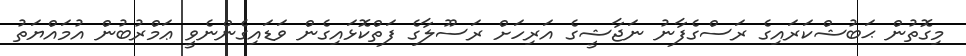
މިގޮތުން ޙަބުޝްކަރައިގެ ރަސްގެފާނު ނަޖާޝީގެ އަރިހަށް ރަސޫލާގެ ފަތްކޮޅައިގެން ވަޑައިގެންނެވީ ޢަމްރުބުން އުމައްޔަތު